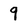
Character: 9